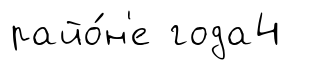
райо́н'е года4